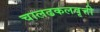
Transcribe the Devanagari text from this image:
चालढकलवृत्ती